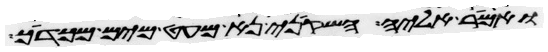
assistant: ואמר אליה השקיני נא מעט מים מכדך